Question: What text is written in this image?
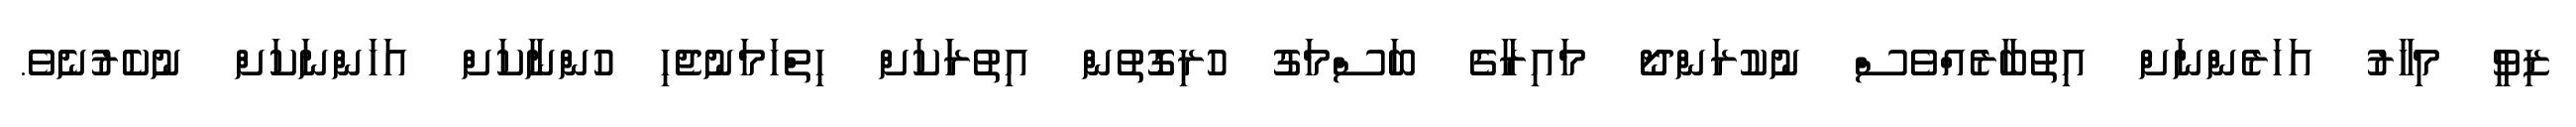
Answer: ޒިވީ މިހާރު އަހަރެންނަށް އިތުބާރެއްވެސް ނުކުރަންދޯ މައިރާގެ ބަސްމަގު ހުރިގޮތުން އިތުރަަކަށް ހިތްހަމަނުޖެހި ހުންނާކަށް އަހަންނަކަށް ނުކެރުނެވެ.